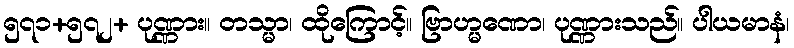
၅၇၁+၅၇၂+ ပုဏ္ဏား။ တသ္မာ၊ ထိုကြောင့်။ ဗြာဟ္မဏော၊ ပုဏ္ဏားသည်။ ပါယမာနံ၊